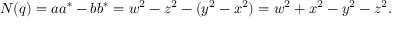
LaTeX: N ( q ) = a a ^ { * } - b b ^ { * } = w ^ { 2 } - z ^ { 2 } - ( y ^ { 2 } - x ^ { 2 } ) = w ^ { 2 } + x ^ { 2 } - y ^ { 2 } - z ^ { 2 } .